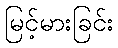
မြင့်မားခြင်း